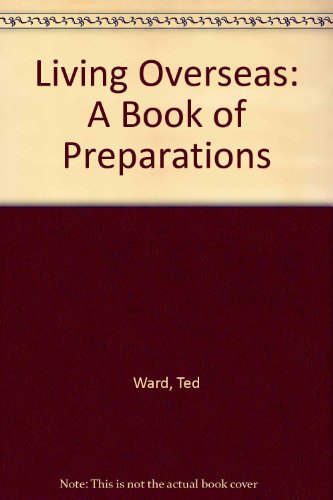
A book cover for Living Overseas: A Book of Preparations; Ted Ward; Travel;